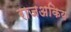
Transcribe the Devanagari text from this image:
राजअकिय